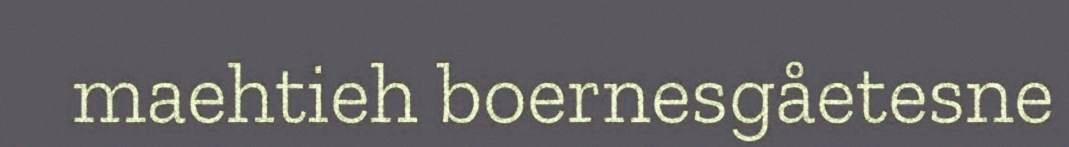
maehtieh boernesgåetesne